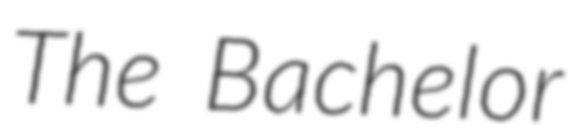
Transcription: The Bachelor